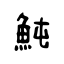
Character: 魨